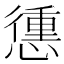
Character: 𢡹